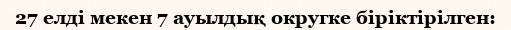
27 елді мекен 7 ауылдық округке біріктірілген: